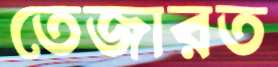
তেজারত